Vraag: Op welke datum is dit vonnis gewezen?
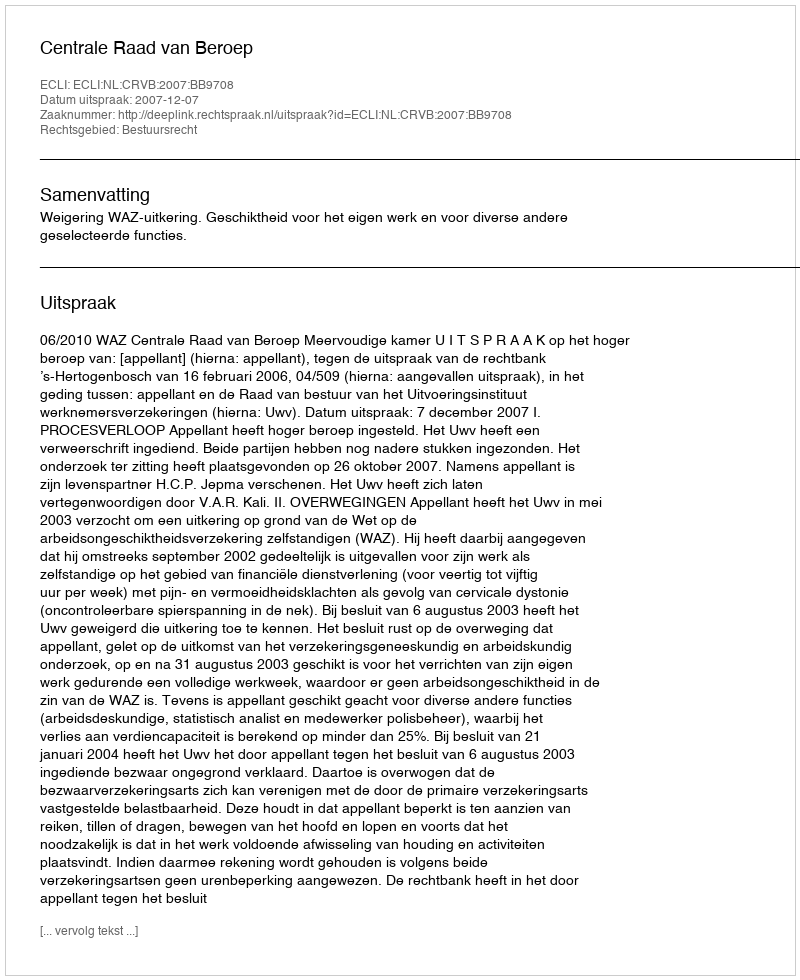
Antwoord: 2007-12-07